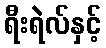
ရီးရဲလ်နှင့်